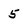
Character: 5